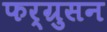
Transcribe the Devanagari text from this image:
फर्ग्रुसन